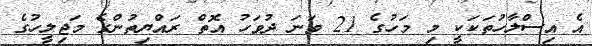
އެ އިސްލާހުތަކަކީ މި މަހުގެ 21 ވަނަ ދުވަހު އޮތް ރައްޔިތުންގެ މަޖިލީހުގެ